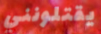
يقتلونني